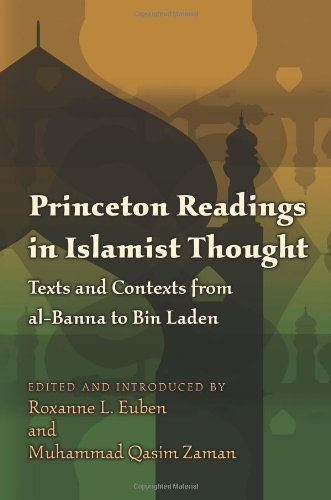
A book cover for Princeton Readings in Islamist Thought: Texts and Contexts from al-Banna to Bin Laden (Princeton Studies in Muslim Politics); Religion & Spirituality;